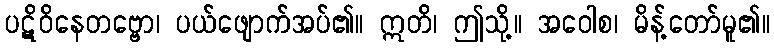
ပဋိဝိနေတဗ္ဗော၊ ပယ်ဖျောက်အပ်၏။ ဣတိ၊ ဤသို့။ အဝေါစ၊ မိန့်တော်မူ၏။